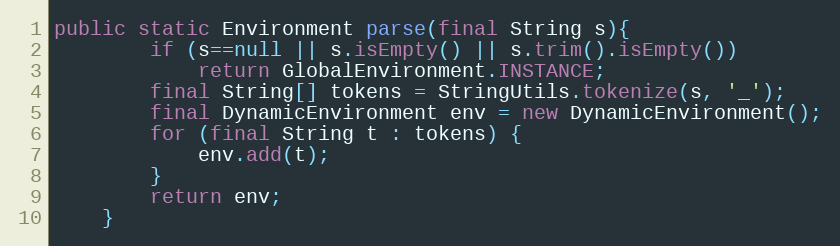
Language: Java
public static Environment parse(final String s){
		if (s==null || s.isEmpty() || s.trim().isEmpty())
			return GlobalEnvironment.INSTANCE;
		final String[] tokens = StringUtils.tokenize(s, '_');
		final DynamicEnvironment env = new DynamicEnvironment();
		for (final String t : tokens) {
            env.add(t);
        }
		return env;
	}